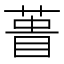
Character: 𮐎